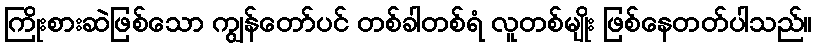
ကြိုးစားဆဲဖြစ်သော ကျွန်တော်ပင် တစ်ခါတစ်ရံ လူတစ်မျိုး ဖြစ်နေတတ်ပါသည်။